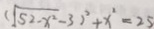
( \sqrt { 5 2 - x ^ { 2 } } - 3 ) ^ { 2 } + x ^ { 2 } = 2 5